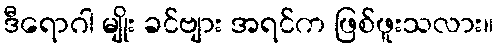
ဒီရောဂါ မျိုး ခင်ဗျား အရင်က ဖြစ်ဖူးသလား။